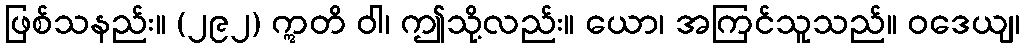
ဖြစ်သနည်း။ (၂၉၂) ဣတိ ဝါ၊ ဤသို့လည်း။ ယော၊ အကြင်သူသည်။ ဝဒေယျ၊